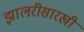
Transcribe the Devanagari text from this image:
झालरीसारखी